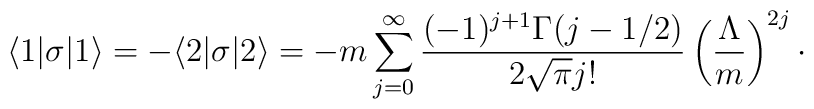
\langle 1|\sigma |1\rangle = -\langle 2|\sigma |2\rangle = -m \sum_{j=0}^{\infty} {(-1)^{j+1}\Gamma(j-1/2)\over 2\sqrt{\pi} j!} \left( {\Lambda\over m}\right)^{2j}\cdotp